Report of the King Institute of Preventive Medicine, Guindy
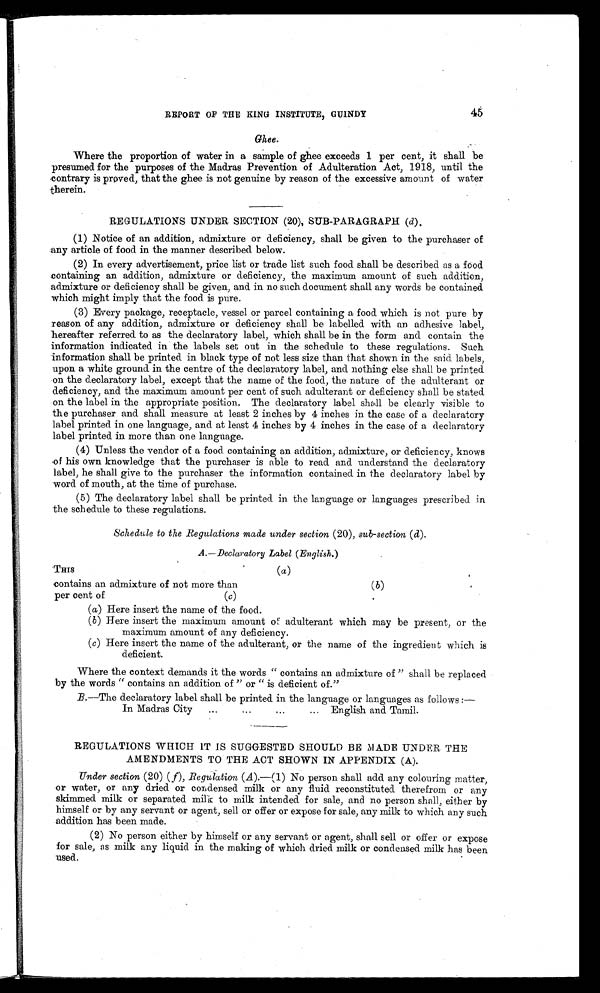
45
REPORT OF THE KING INSTITUTE, GUINDY
Ghee.
Where the proportion of water in a sample of ghee exceeds 1 per cent, it shall be
presumed for the purposes of the Madras Prevention of Adulteration Act, 1918, until the
contrary is proved, that the ghee is not genuine by reason of the excessive amount of water
therein.
REGULATIONS UNDER SECTION (20), SUB-PARAGRAPH ( d).
(1) Notice of an addition, admixture or deficiency, shall be given to the purchaser of
any article of food in the manner described below.
(2) In every advertisement, price list or trade list such food shall be described as a food
containing an addition, admixture or deficiency, the maximum amount of such addition,
admixture or deficiency shall be given, and in no such document shall any words be contained
which might imply that the food is pure.
(3) Every package, receptacle, vessel or parcel containing a food which is not pure by
reason of any addition, admixture or deficiency shall be labelled with an adhesive label,
hereafter referred to as the declaratory label, which shall be in the form and contain the
information indicated in the labels set out in the schedule to these regulations. Such
information shall be printed in black type of not less size than that shown in the said labels,
upon a white ground in the centre of the declaratory label, and nothing else shall be printed
on the declaratory label, except that the name of the food, the nature of the adulterant or
deficiency, and the maximum amount per cent of such adulterant or deficiency shall be stated
on the label in the appropriate position. The declaratory label shall be clearly visible to
the purchaser and shall measure at least 2 inches by 4 inches in the case of a declaratory
label printed in one language, and at least 4 inches by 4 inches in the case of a declaratory
label printed in more than one language.
(4) Unless the vendor of a food containing an addition, admixture, or deficiency, knows
of his own knowledge that the purchaser is able to read and understand the declaratory
label, he shall give to the purchaser the information contained in the declaratory label by
word of mouth, at the time of purchase.
(5) The declaratory label shall be printed in the language or languages prescribed in
the schedule to these regulations.
Schedule to the Regulations made under section (20), sub-section ( d).
A.— Declaratory Label (English.)
THIS
( a )
contains an admixture of not more than
( b )
per cent of
( c )
(a) Here insert the name of the food.
(b) Here insert the maximum amount of adulterant which may be present, or the
maximum amount of any deficiency.
(c) Here insert the name of the adulterant, or the name of the ingredient which is
deficient.
Where the context demands it the words " contains an admixture of " shall be replaced
by the words " contains an addition of " or " is deficient of."
B.—The declaratory label shall be printed in the language or languages as follows
:—
In Madras City
...
... English and Tamil.
REGULATIONS WHICH IT IS SUGGESTED SHOULD BE MADE UNDER THE
AMENDMENTS TO THE ACT SHOWN IN APPENDIX (A).
Under section (20) ( f), Regulation (A)—(1) No person shall add any colouring matter,
or water, or any dried or condensed milk or any fluid reconstituted therefrom or any
skimmed milk or separated milk to milk intended for sale, and no person shall, either by
himself or by any servant or agent, sell or offer or expose for sale, any milk to which any such
addition has been made.
(2) No person either by himself or any servant or agent, shall sell or offer or expose
for sale, as milk any liquid in the making of which dried milk or condensed milk has been
used.